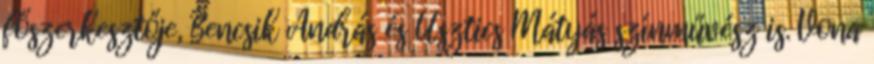
főszerkesztője, Bencsik András és Usztics Mátyás színművész is. Vona